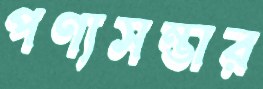
পণ্যসম্ভার